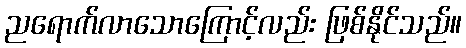
ညရောက်လာသောကြောင့်လည်း ဖြစ်နိုင်သည်။